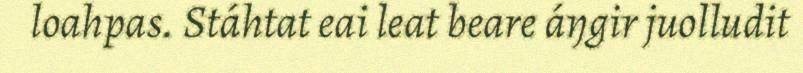
loahpas. Stáhtat eai leat beare áŋgir juolludit